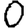
Digit: 0